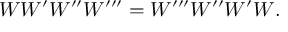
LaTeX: W W ^ { \prime } W ^ { \prime \prime } W ^ { \prime \prime \prime } = W ^ { \prime \prime \prime } W ^ { \prime \prime } W ^ { \prime } W .